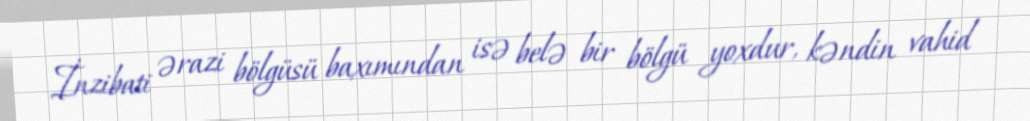
İnzibati ərazi bölgüsü baxımından isə belə bir bölgü yoxdur, kəndin vahid